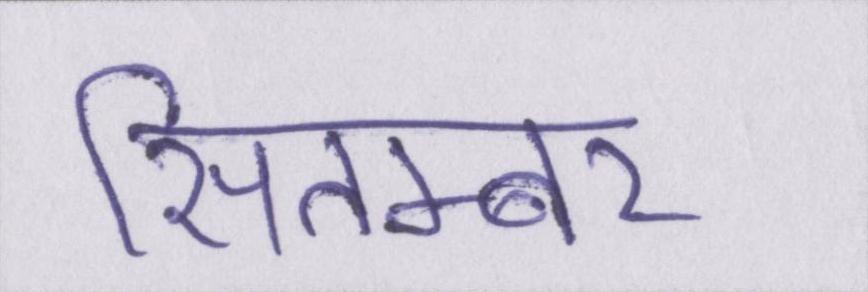
सितम्बर